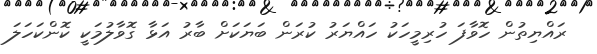
ރައްޔިތުން ހޮވާފަ ހުރިމީހަކު ހައްޔަރު ކުރަން ބަޔަކަށް ބާރު އަޅާ ގޮވާލުމަކީ ކޮންކަހަލަ